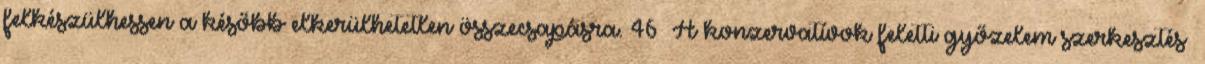
felkészülhessen a később elkerülhetetlen összecsapásra. 46 A konzervatívok feletti győzelem szerkesztés